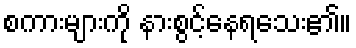
စကားများကို နားစွင့်နေရသေး၏။